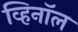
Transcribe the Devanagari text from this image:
व्हिनॉल